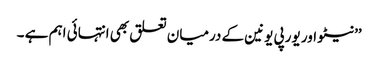
’’نیٹو اور یورپی یونین کے درمیان تعلق بھی انتہائی اہم ہے ۔